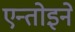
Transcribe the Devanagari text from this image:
एन्तोइने